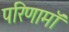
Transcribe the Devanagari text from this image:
परिणामॉ